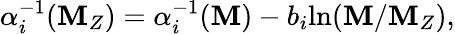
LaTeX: \alpha_{i}^{-1}(\mathbf{M}_{Z})=\alpha_{i}^{-1}(\mathbf{M})-b_{i}\mathrm{{ln}}(\mathbf{M}/\mathbf{M}_{Z}),